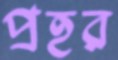
প্রহর